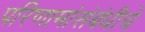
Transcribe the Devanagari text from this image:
परिणामांसंबंधीचे